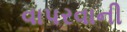
વાપરવાની